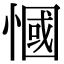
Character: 慖